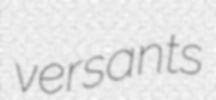
versants